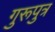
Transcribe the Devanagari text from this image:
गुरूपुत्र